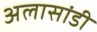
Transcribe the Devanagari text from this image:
अलासांडी